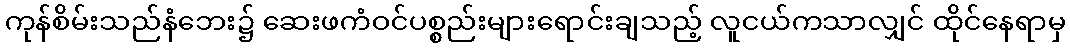
ကုန်စိမ်းသည်နံဘေး၌ ဆေးဖကံဝင်ပစ္စည်းများရောင်းချသည့် လူငယ်ကသာလျှင် ထိုင်နေရာမှ